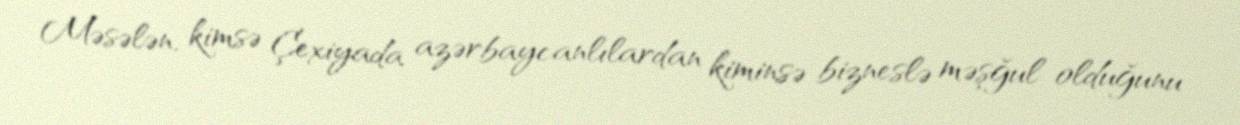
Məsələn, kimsə Çexiyada azərbaycanlılardan kiminsə bizneslə məşğul olduğunu